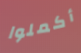
أكملوا